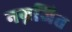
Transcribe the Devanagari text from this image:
नग्नजित